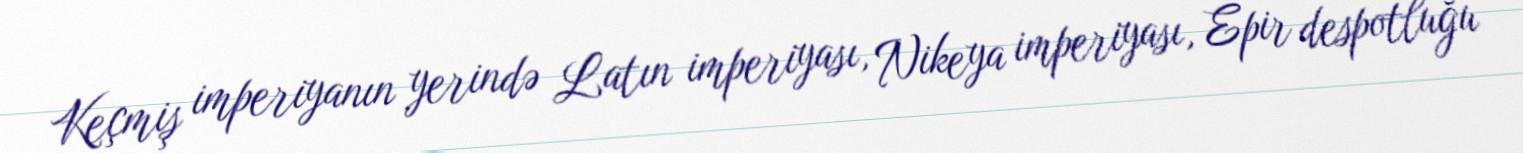
Keçmiş imperiyanın yerində Latın imperiyası, Nikeya imperiyası, Epir despotluğu